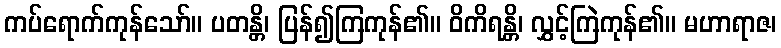
ကပ်ရောက်ကုန်သော်။ ပတန္တိ၊ ပြန်၍ကြကုန်၏။ ဝိကိရန္တိ၊ လွှင့်ကြဲကုန်၏။ မဟာရာဇ၊